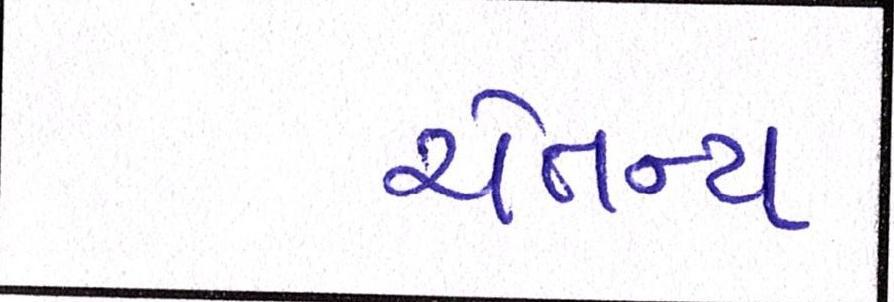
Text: ચૈતન્ય